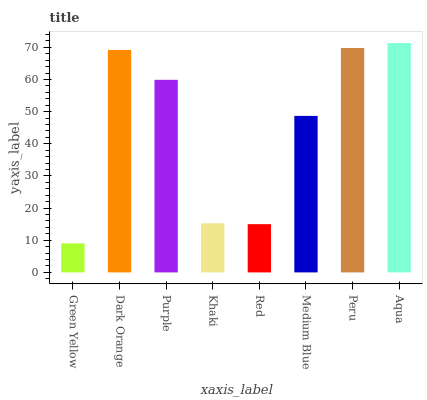
| xaxis_label | bars |
 | --- | --- |
 | Green Yellow | 9.02 |
 | Dark Orange | 69.2 |
 | Purple | 59.9 |
 | Khaki | 15.3 |
 | Red | 15 |
 | Medium Blue | 48.7 |
 | Peru | 69.8 |
 | Aqua | 71.3 |